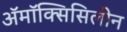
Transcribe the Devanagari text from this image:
अॅमॉक्सिसिलीन